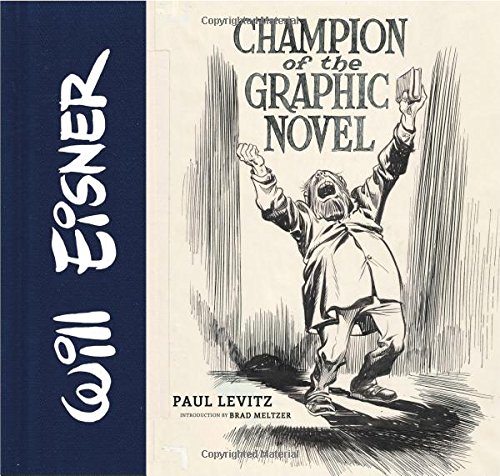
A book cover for Will Eisner: Champion of the Graphic Novel; Paul Levitz; Comics & Graphic Novels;